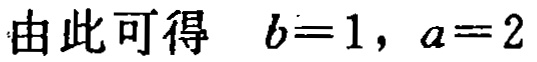
由此可得 \(b = 1, a = 2\)